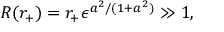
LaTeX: R ( r _ { + } ) = r _ { + } \epsilon ^ { a ^ { 2 } / ( 1 + a ^ { 2 } ) } \gg 1 ,